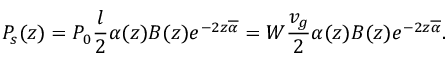
P _ { s } ( z ) = P _ { 0 } \frac { l } { 2 } \alpha ( z ) B ( z ) e ^ { - 2 z \overline { { \alpha } } } = W \frac { v _ { g } } { 2 } \alpha ( z ) B ( z ) e ^ { - 2 z \overline { { \alpha } } } .